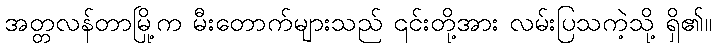
အတ္တလန်တာမြို့က မီးတောက်များသည် ၎င်းတို့အား လမ်းပြသကဲ့သို့ ရှိ၏။